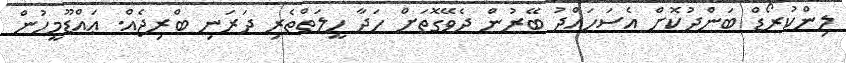
ލިންކުރޯޑް ބަންދުކޮށް އެސަހައްދު ބޭރުން ދެވޭގޮތަށް ހަދާ ހީލަތްތެރި ދަރަނި ބްރިޖެއް. ޢައްޑޫމީހުން